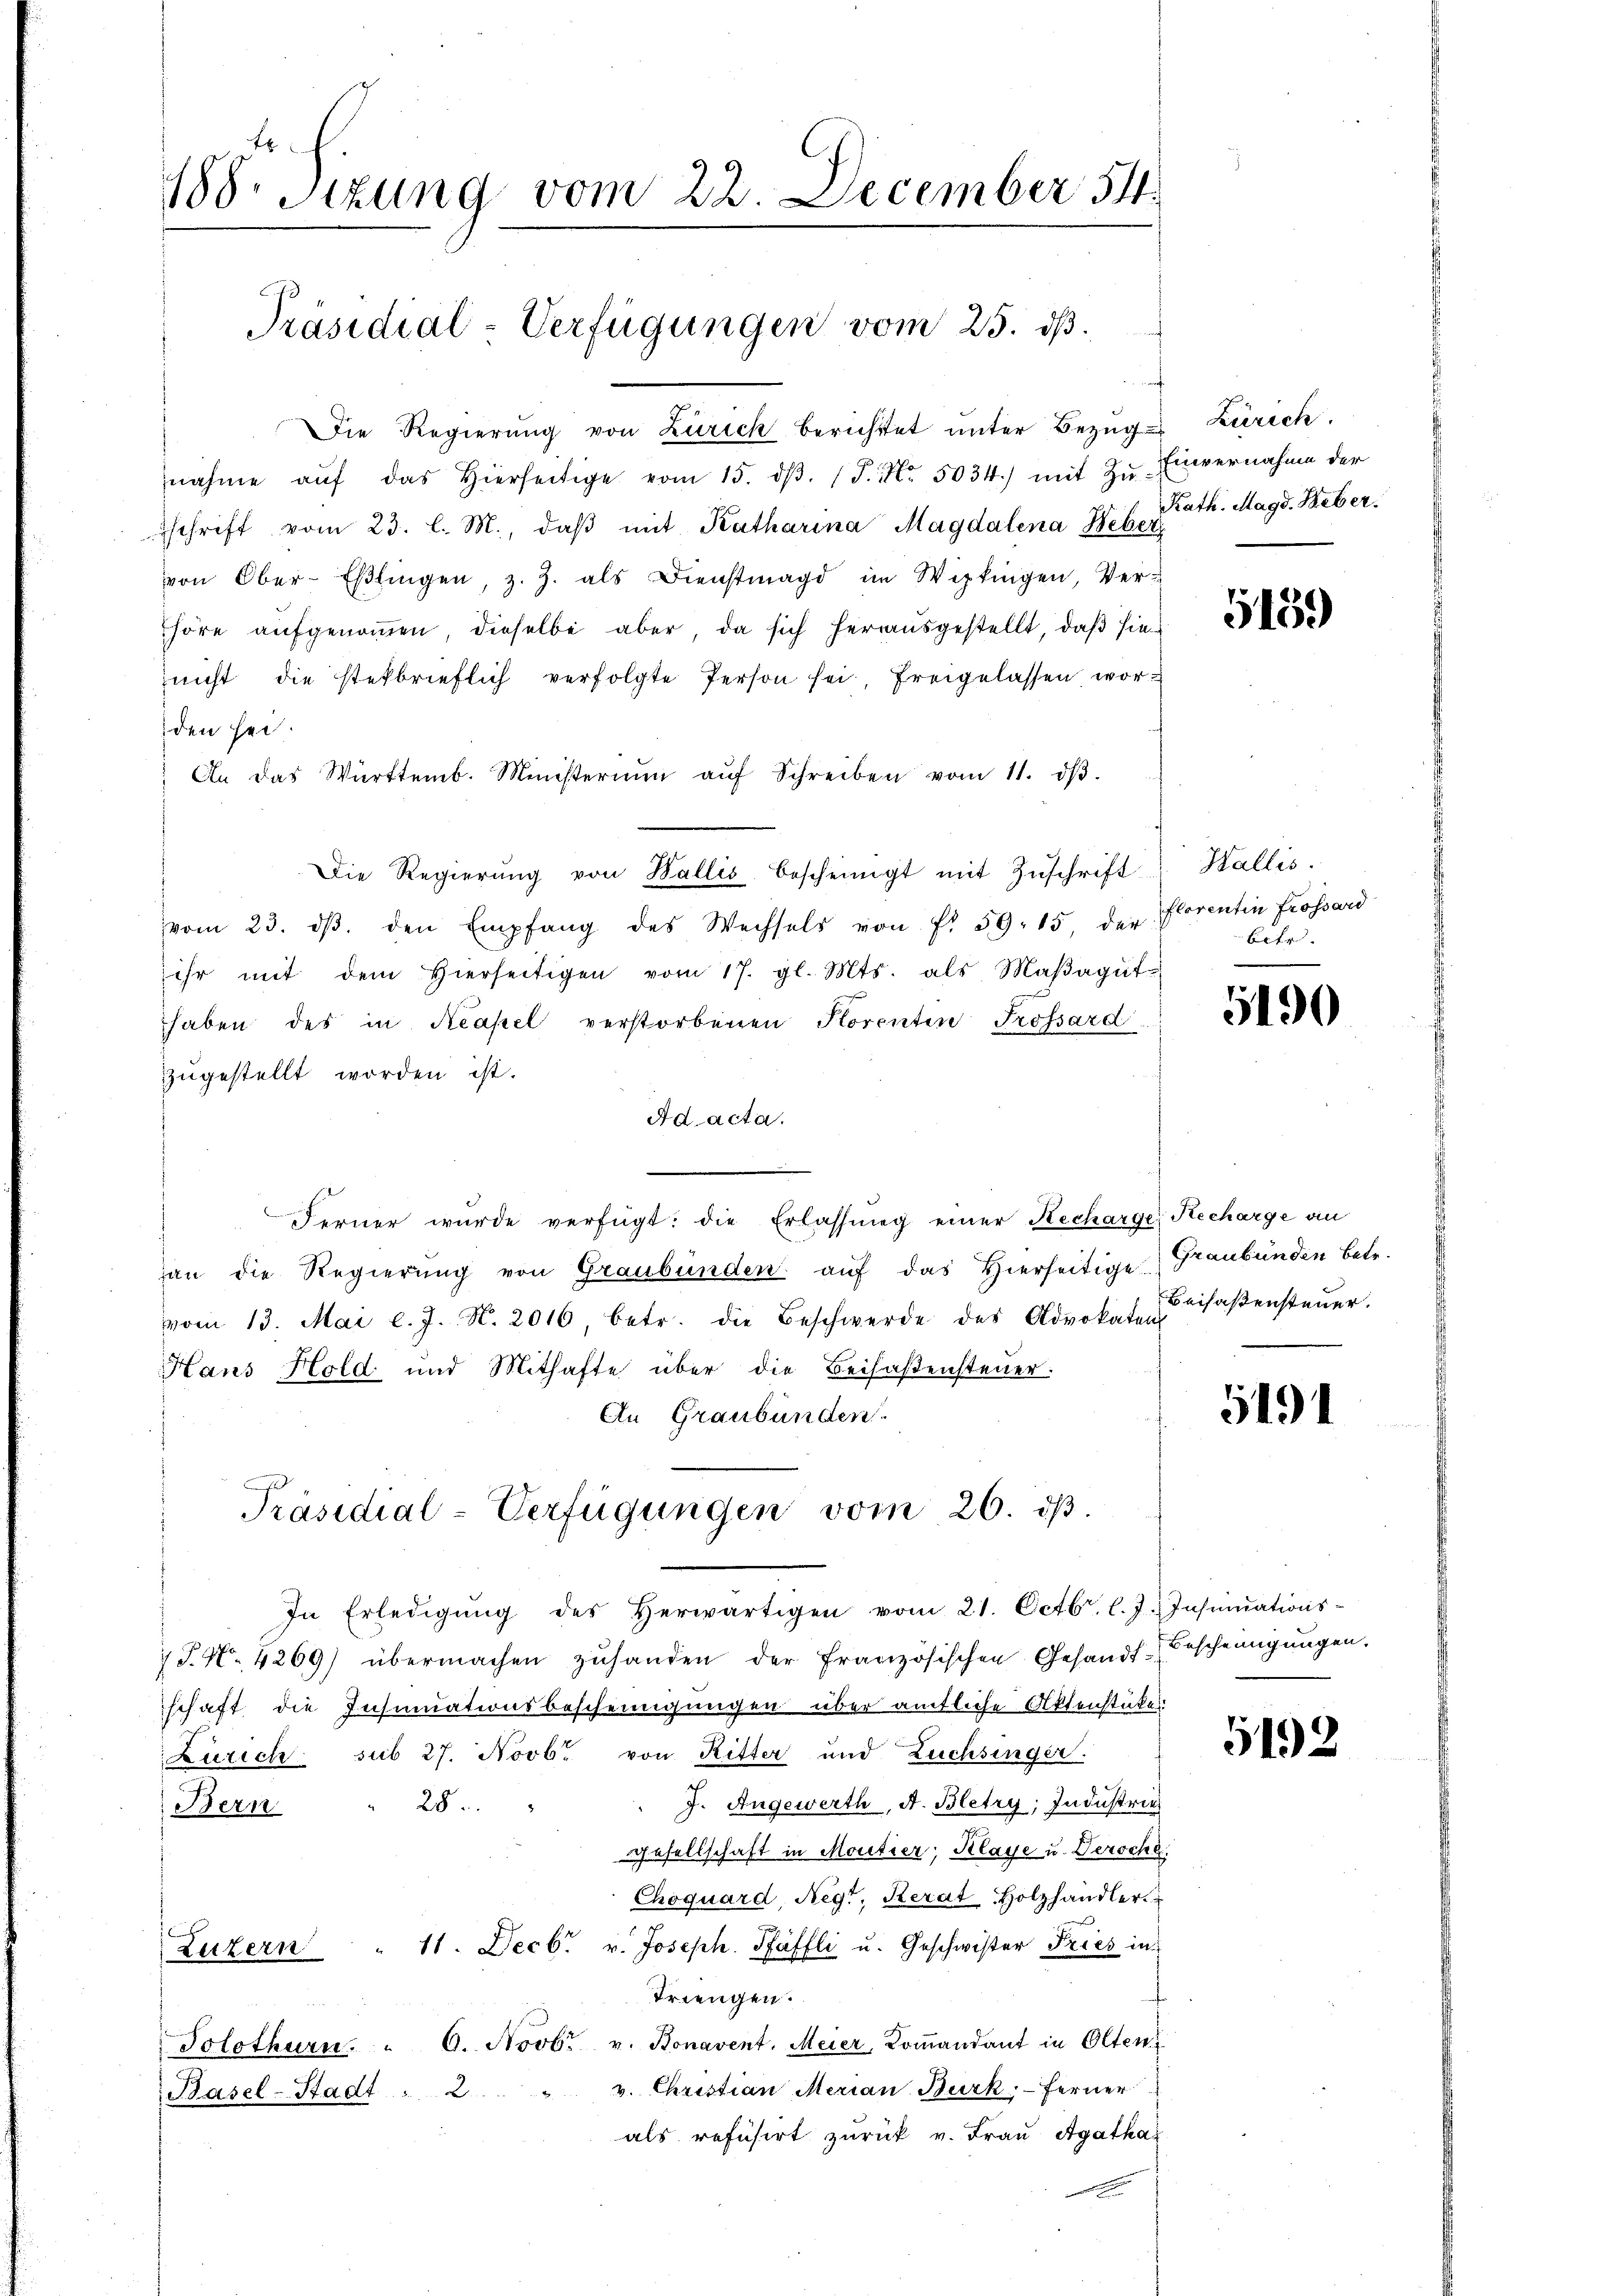
188. Sizung vom 22. December 54.

Die Regierŭng von Zürich berichttet unter Bezŭg Zürich.
nahme aŭf das hierseitige vom 15. dβ. P. Nr. 5034.) mit Zŭ- Einvernahme der
Zschrift vom 23. l. M., daβ mit Katharina Magdalena Weber
von Ober-Eßlingen, z. Z. als Dienstmagd im Wipkingen, Verhöre aŭfgenoṁen, dieselbe aber, da sich heraŭsgestellt, daβ hier
nicht die stefbrieflich verfolgte Person sei freigelassen wor
den sei.
An das Württemb. Ministerium aŭf Schreiben vom 11. dβ.
Die Regierŭng von Wallis bescheinigt mit Zŭschrift
vom 23. dβ. den Empfang des Wechsels von f. 59. 15 der Florentin frossard
ihr mit dem hierseitigen vom 17. gl. Mts. als Maβagŭt-
haben des in Neapel verstorbenen Horenten Trossard
zugestellt worden ist.
Ad acta.
Ferner wurde verfügt: die Erlassung einer Recharge, Recharge an
an die Regierung von Graubünden auf das Hierseitige Graubünden betr.
vom 13. Mai l. J. N. 2016, betr. die Beschwerde des Advokaten
Hans Hold und Mithafte über die Beifaßensteuer.
An Graubünden.
c
Präsidial-Verfügungen vom 26. dβ.
In Erledigŭng des Herwärtigen vom 21. Octbr. l. J.) Insinations-
7 P. Nr. 4269) übermachen zŭhanden der französischen Gesandt-Bescheinigŭngen.
schaft die Insinuationsbescheinigungen über amtliche Aktenstückes
Zürich sub 27. Novb. von Ritter und Züchsinger.
J. Angewerth, A. Bletry; Industrie
Bern " 28.
Gesellschaft in Moutier, Klage u. Deroche.
Choquard, Regt, Kerat Holzhandler.
Luzern " 11. Decbr. v. Joseph Pfäffli u. Geschwister Fries in
Triengen.
Solothurn. " 6. Novbr. v. Bonavent. Meier, Koṁandant in Olten
v. Christian Merian Burk: Ferner
Basel-Stadt . 2
als refusirt zurück v. Frau Agathar
e

Präsidial-Verfügungen vom 25. dß.

d
Kath. Magd. Weber.

5159

Wallis.
Bier

5190

Beifaßensteuer.

5191

5192